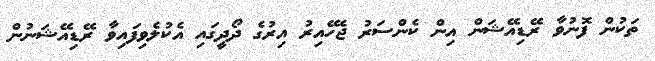
ތަކުން ފޮނުވާ ރޭޑިއޭޝަން އިން ކެންސަރު ޖެހޭއިރު އިރުގެ ދޯދީގައި އެކުލެވިފައިވާ ރޭޑިއޭޝަނުން